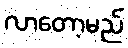
လာတော့မည်